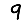
Digit: 9